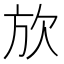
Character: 𪴩